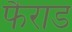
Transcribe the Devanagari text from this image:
फैराड